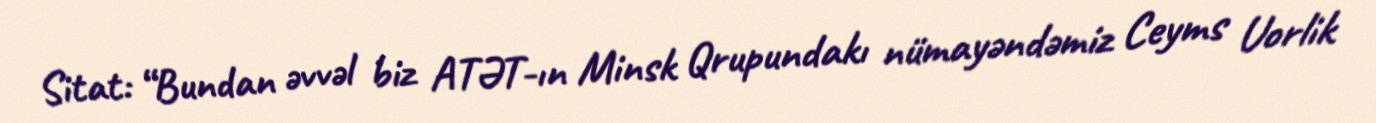
Sitat: “Bundan əvvəl biz ATƏT-ın Minsk Qrupundakı nümayəndəmiz Ceyms Uorlik